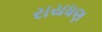
રાયધણ